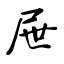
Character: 屉